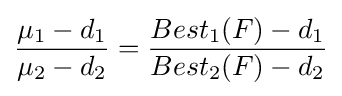
{\mu _{1}-d_{1} \over \mu _{2}-d_{2}}={Best_{1}(F)-d_{1} \over Best_{2}(F)-d_{2}}